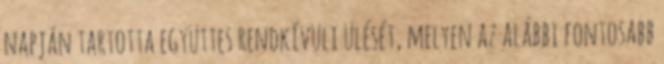
napján tartotta együttes rendkívüli ülését, melyen az alábbi fontosabb